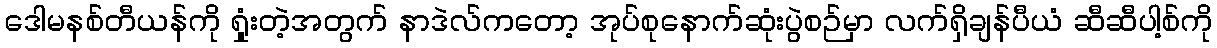
ဒေါမနစ်တီယန်ကို ရှုံးတဲ့အတွက် နာဒဲလ်ကတော့ အုပ်စုနောက်ဆုံးပွဲစဉ်မှာ လက်ရှိချန်ပီယံ ဆီဆီပါ့စ်ကို